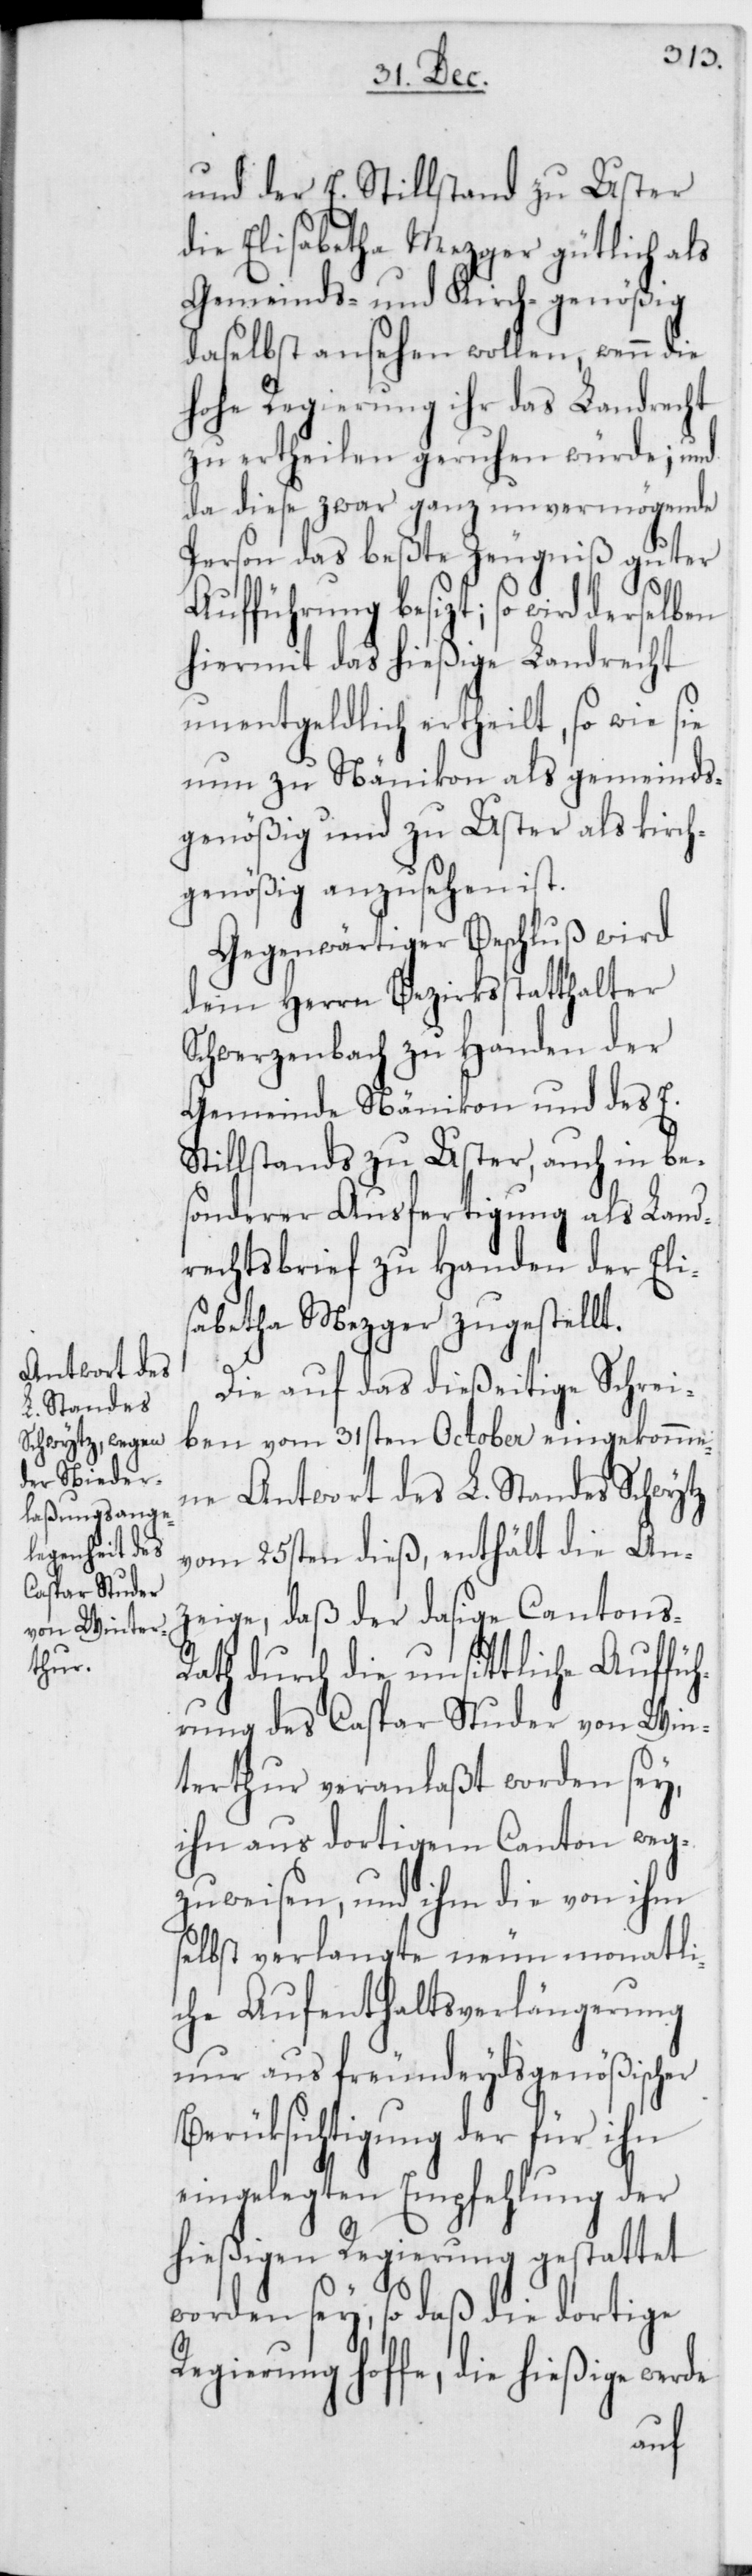
und der E. Stillstand zu Uster
die Elisabetha Mezger gütlich als
Gemeinds- und Kirch-genößig
daselbst ansehen wollen, wenn die
hohe Regierung ihr das Landrecht
zu ertheilen geruhen würde; und
da diese zwar ganz unvermögende
Person das beßte Zeugniß guter
Aufführung besizt; so wird derse¬
hiermit das hießige Landrecht
unentgeldlich ertheilt, so wie sie
nun zu Nänikon als gemeinds¬
genößig und zu Uster als kirch¬
genößig anzusehen ist.
Gegenwärtiger Beschluß wird
dem Herrn Bezirksstatthalter
Schwerzenbach zu Handen der
Gemeinde Nänikon und des E.
Stillstands zu Uster, auch in be¬
sonderer Ausfertigung als Land¬
rechtsbrief zu Handen der Eli¬
sabetha Mezger zugestellt.
Die auf das dießeitige Schrei¬
ben vom 31sten October eingekomme¬
ne Antwort des L. Standes Schwytz
vom 25sten dieß, enthält die An¬
zeige, daß der dasige Cantons¬
rath durch die unsittliche Auffüh¬
rung des Caspar Studer von Win¬
terthur veranlaßt worden sey,
ihn aus dortigem Canton weg¬
zuweisen, und ihm die von ihm
selbst verlangte neunmonatl¬
iche Aufenthaltsverlängerung
nur aus freundeydsgenößischer
Berüksichtigung der für ihn
eingelegten Empfehlung der
hießigen Regierung gestattet
worden sey, so daß die dortige
Regierung hoffe, die hießige wer¬
de